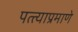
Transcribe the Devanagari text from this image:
पत्त्याप्रमाणे